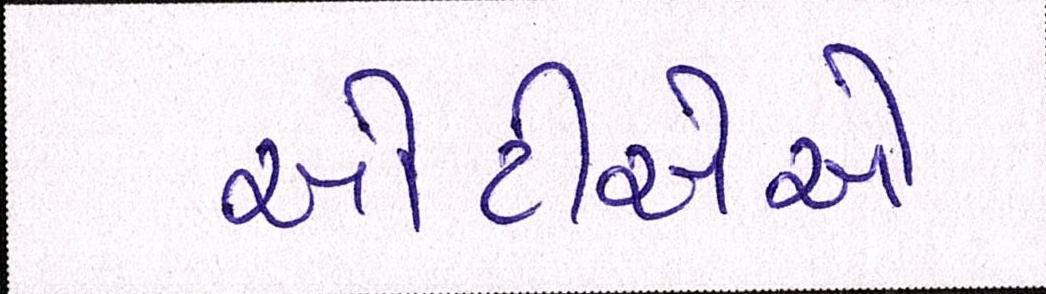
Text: ઓટીએએ